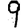
Digit: 9